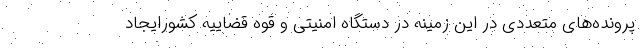
پرونده‌های متعددی در این زمینه در دستگاه امنیتی و قوه قضاییه کشورایجاد